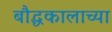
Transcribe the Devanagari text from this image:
बौद्धकालाच्या